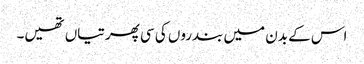
اس کے بدن میں بندروں کی سی پھرتیاں تھیں۔